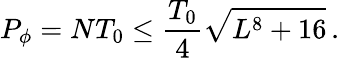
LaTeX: P_{\phi}=NT_{0}\leq\frac{T_{0}}{4}\sqrt{L^{8}+16}\, .